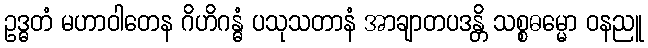
ဥဒ္ဓတံ မဟာဝါတေန ဂိဟိဂန္ဓံ ပသုသတာနံ အာချာတပဒန္တိ သစ္စဓမ္မော ဝနညူ